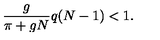
\frac { g } { \pi + g N } q ( N - 1 ) < 1 .